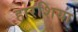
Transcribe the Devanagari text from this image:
हारशिया